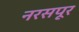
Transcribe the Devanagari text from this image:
नरसपूर